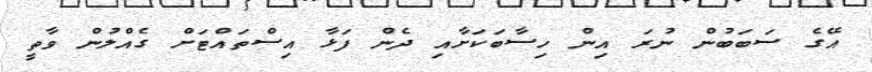
އޭގެ ސަބަބުން ނުރަ އިން ހިސާބަކަށާއި ދެން ފަޅާ އިސްތައްޓަށް ގެއްލުން ވާތީ